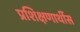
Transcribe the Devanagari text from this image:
प्रशिक्षणार्थीस